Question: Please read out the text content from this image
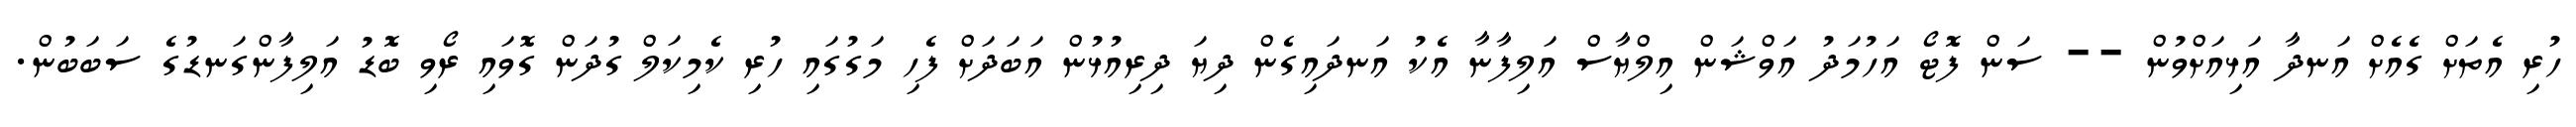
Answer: ހުރި އެތަށް ގެއެށް އަނދާ އަޅިއަށްވުން -- ސަން ފޮޓޯ އަހުމަދު އަވްޝަން އިލްޔާސް އަލިފާނާ އެކު އަނދައިގެން ދިޔަ ދިރިއުޅުން އަބަދަށް ފެހި މަގުގައި ހުރި ކެމިކަލް ގުދަން ގޮވައި ރޯވި ބޮޑު އަލިފާންގަނޑުގެ ސަބަބުން.